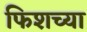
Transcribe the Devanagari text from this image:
फिशच्या